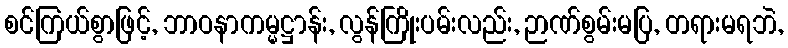
စင်ကြယ်စွာဖြင့်, ဘာဝနာကမ္မဋ္ဌာန်း, လွန်ကြိုးပမ်းလည်း, ဉာဏ်စွမ်းမပြ, တရားမရဘဲ,